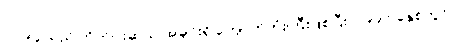
၇၇၉၄ သည် ကိုက်ငါးဆယ် အချင်းရှိ ကျောက်တုံးကြီးဖြစ်ပြီး၊ ၁၉၉၇ ခုနှစ်တွင်